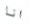
انا